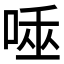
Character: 𠴯